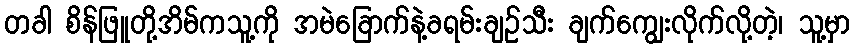
တခါ စိန်ဖြူတို့အိမ်ကသူ့ကို အမဲခြောက်နဲ့ခရမ်းချဉ်သီး ချက်ကျွေးလိုက်လို့တဲ့၊ သူ့မှာ